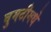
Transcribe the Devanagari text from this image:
घुमटीमधे